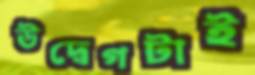
উদ্বেগটাই